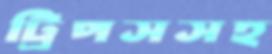
ট্রিপসসহ